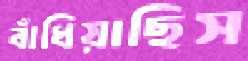
বাঁধিয়াছিস